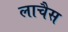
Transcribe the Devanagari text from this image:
लाचैस